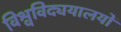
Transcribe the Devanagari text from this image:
विश्वविद्ययालयों